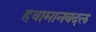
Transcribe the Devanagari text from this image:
हवामानबदल